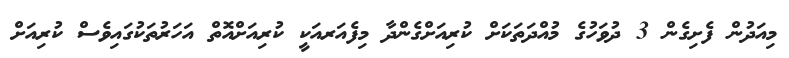
މިއަދުން ފެށިގެން 3 ދުވަހުގެ މުއްދަތަކަށް ކުރިއަށްގެންދާ މިފެއަރއަކީ ކުރިއަށްއޮތް އަހަރުތަކުގައިވެސް ކުރިއަށް